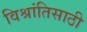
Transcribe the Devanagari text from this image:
विश्रांतिसाठी